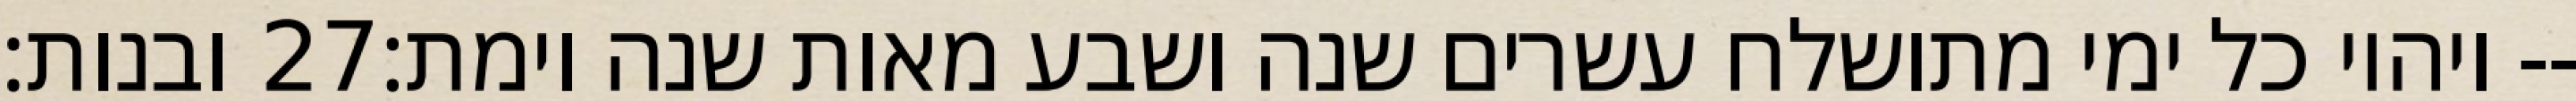
ובנות׃ ‎27‏ ויהיו כל ימי מתושלח עשרים שנה ושבע מאות שנה וימת׃--